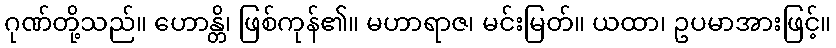
ဂုဏ်တို့သည်။ ဟောန္တိ၊ ဖြစ်ကုန်၏။ မဟာရာဇ၊ မင်းမြတ်။ ယထာ၊ ဥပမာအားဖြင့်။